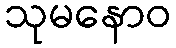
သုမနောဝ